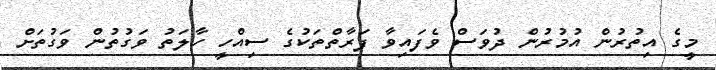
މީގެ އިތުރުން އުމުރުން ދުވަސް ވެފައިވާ ފަރާތްތަކުގެ ސިއްހީ ހާލަތު ވަގުތުން ވަގުތަށް